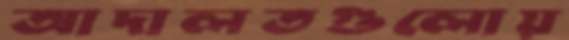
আদালতগুলোয়